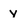
Character: y